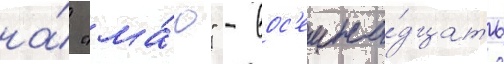
на́ "ма́ю" - вос'емна́дцать